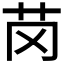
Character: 𫇪